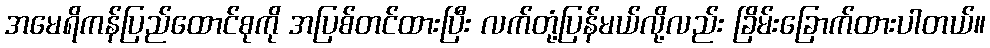
အမေရိကန်ပြည်ထောင်စုကို အပြစ်တင်ထားပြီး လက်တုံ့ပြန်မယ်လို့လည်း ခြိမ်းခြောက်ထားပါတယ်။